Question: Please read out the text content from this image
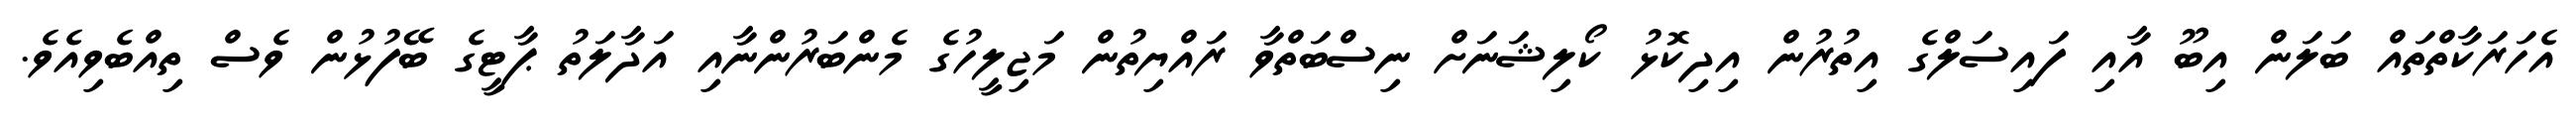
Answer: އެހަރަކާތްތައް ބަލަން އިބޫ އާއި ފައިސަލްގެ އިތުރުން އިދިކޮޅު ކޯލިޝަނަށް ނިސްބަތްވާ ރައްޔިތުން މަޖިލީހުގެ މެންބަރުންނާއި އަދާލަތު ޕާޓީގެ ބޭފުޅުން ވެސް ތިއްބެވިއެވެ.